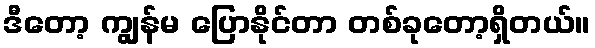
ဒီတော့ ကျွန်မ ပြောနိုင်တာ တစ်ခုတော့ရှိတယ်။